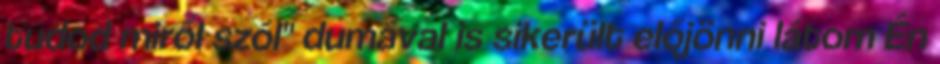
tudod miről szól" dumával is sikerült előjönni látom Én